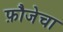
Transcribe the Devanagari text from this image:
फ़ौजेचा